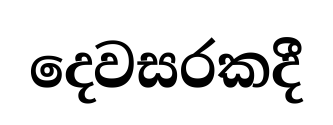
දෙවසරකදී